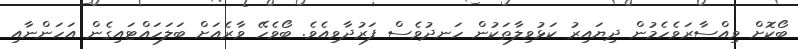
ބޯކޮށް ވިއްސާރަވެހެމުން ދިޔައިރު ކަޅުވިލާތަކުން ހަނދުވެސް ފަރުދާވިއެވެ. ބޯވެހޭ ވާރެއަށް ބަލަހައްޓައިގެން އަހަންނާއި